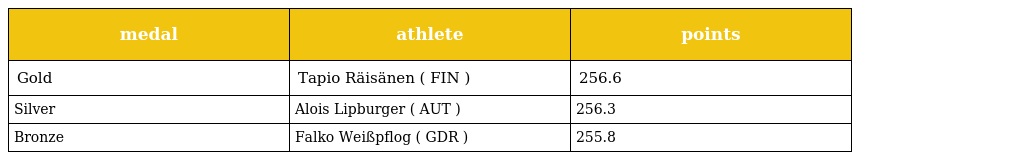
| medal | athlete | points |
 | --- | --- | --- |
 | Gold | Tapio Räisänen ( FIN ) | 256.6 |
 | Silver | Alois Lipburger ( AUT ) | 256.3 |
 | Bronze | Falko Weißpflog ( GDR ) | 255.8 |